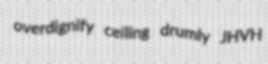
overdignify ceiling drumly JHVH